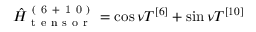
\hat { H } _ { \mathrm { ~ t ~ e ~ n ~ s ~ o ~ r ~ } } ^ { \mathrm { ~ ( ~ 6 ~ + ~ 1 ~ 0 ~ ) ~ } } = \cos \nu T ^ { [ 6 ] } + \sin \nu T ^ { [ 1 0 ] }